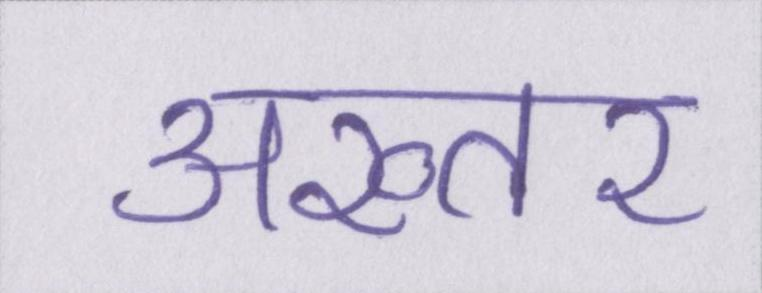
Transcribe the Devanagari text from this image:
अख्तर